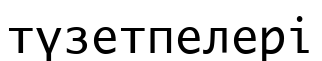
түзетпелері